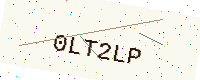
Text: 0LT2LP